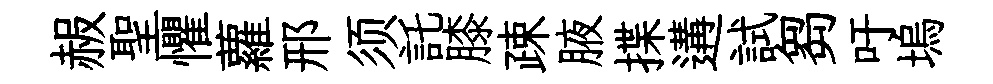
赧聖懼蘿邢须託膝疎腋揲遘試芻吁塢